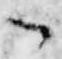
々